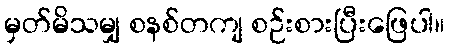
မှတ်မိသမျှ စနစ်တကျ စဉ်းစားပြီးဖြေပါ။